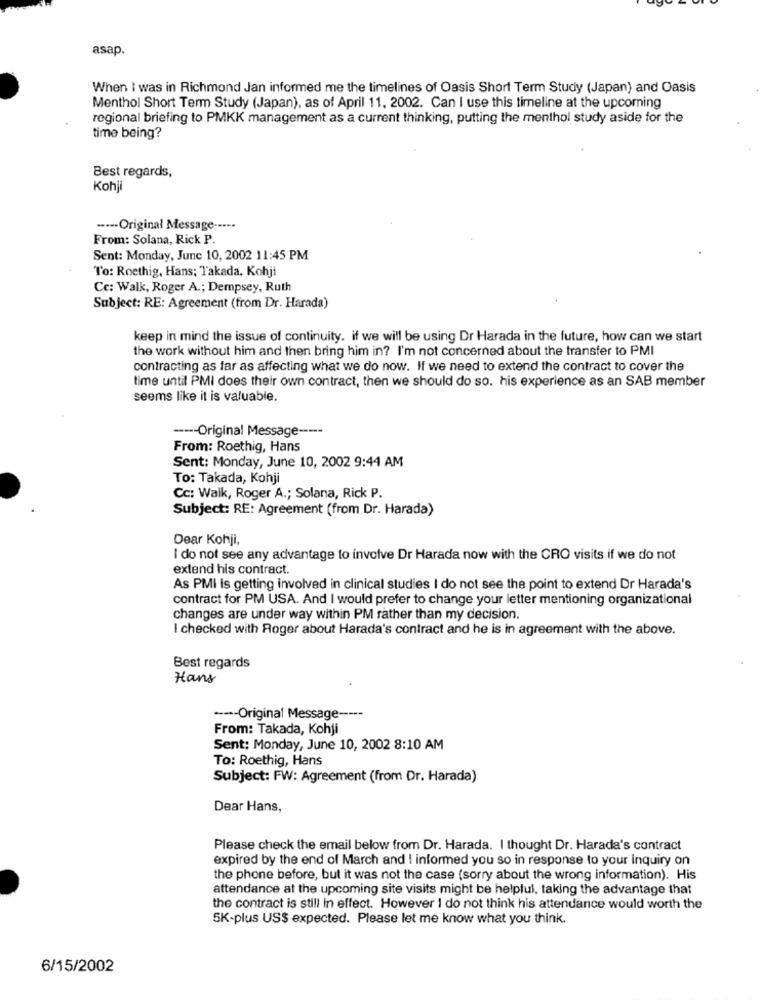
asap.
When I was in Richmond Jan informed me the timelines of Oasis Short Term Study (Japan) and Oasis
Menthol Short Term Study (Japan), as of April 11, 2002. Can I use this timeline at the upcoming
regional briefing to PMKK management as a current thinking, putting the menthol study aside for the
time being?
Best regards,
Kohji
----- Original Message -----
From: Solana, Rick P.
Sent: Monday, June 10, 2002 11:45 PM
To: Roethig, Hans; Takada, Kohji
Cc: Walk, Roger A .; Dempsey, Ruth
Subject: RE: Agreement (from Dr. Harada)
keep in mind the issue of continuity. if we will be using Dr Harada in the future, how can we start
the work without him and then bring him in? I'm not concerned about the transfer to PMI
contracting as far as affecting what we do now. If we need to extend the contract to cover the
time until PMI does their own contract, then we should do so. his experience as an SAB member
seems like it is valuable.
----- Original Message -----
From: Roethig, Hans
Sent: Monday, June 10, 2002 9:44 AM
To: Takada, Kohji
Cc: Walk, Roger A .; Solana, Rick P.
Subject: RE: Agreement (from Dr. Harada)
Dear Kohji,
I do not see any advantage to involve Dr Harada now with the CRO visits if we do not
extend his contract.
As PMI Is getting involved in clinical studies I do not see the point to extend Dr Harada's
contract for PM USA. And I would prefer to change your letter mentioning organizational
changes are under way within PM rather than my decision.
I checked with Roger about Harada's contract and he is in agreement with the above.
Best regards
Hans
----- Original Message -----
From: Takada, Kohji
Sent: Monday, June 10, 2002 8:10 AM
To: Roethig, Hans
Subject: FW: Agreement (from Dr. Harada)
Dear Hans,
Please check the email below from Dr. Harada. I thought Dr. Harada's contract
expired by the end of March and I informed you so in response to your inquiry on
the phone before, but it was not the case (sorry about the wrong information). His
attendance at the upcoming site visits might be helpful, taking the advantage that
the contract is still in effect. However I do not think his attendance would worth the
SK-plus US$ expected. Please let me know what you think.
6/15/2002